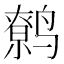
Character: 鹩